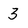
Character: 3